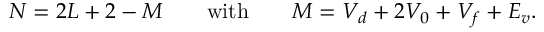
N = 2 L + 2 - M \qquad \mathrm { w i t h } \qquad M = V _ { d } + 2 V _ { 0 } + V _ { f } + E _ { v } .